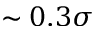
\sim 0 . 3 \sigma